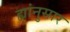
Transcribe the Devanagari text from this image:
ह्यांनुसार